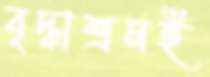
বৃদ্ধাশ্রমই